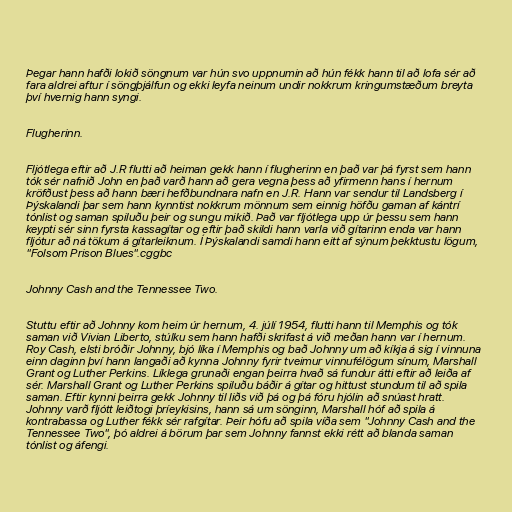
Þegar hann hafði lokið söngnum var hún svo uppnumin að hún fékk hann til að lofa sér að
fara aldrei aftur í söngþjálfun og ekki leyfa neinum undir nokkrum kringumstæðum breyta
því hvernig hann syngi.

Flugherinn.

Fljótlega eftir að J.R flutti að heiman gekk hann í flugherinn en það var þá fyrst sem hann
tók sér nafnið John en það varð hann að gera vegna þess að yfirmenn hans í hernum
kröfðust þess að hann bæri hefðbundnara nafn en J.R. Hann var sendur til Landsberg í
Þýskalandi þar sem hann kynntist nokkrum mönnum sem einnig höfðu gaman af kántrí
tónlist og saman spiluðu þeir og sungu mikið. Það var fljótlega upp úr þessu sem hann
keypti sér sinn fyrsta kassagítar og eftir það skildi hann varla við gítarinn enda var hann
fljótur að ná tökum á gítarleiknum. Í Þýskalandi samdi hann eitt af sýnum þekktustu lögum,
"Folsom Prison Blues".cggbc

Johnny Cash and the Tennessee Two.

Stuttu eftir að Johnny kom heim úr hernum, 4. júlí 1954, flutti hann til Memphis og tók
saman við Vivian Liberto, stúlku sem hann hafði skrifast á við meðan hann var í hernum.
Roy Cash, elsti bróðir Johnny, bjó líka í Memphis og bað Johnny um að kíkja á sig í vinnuna
einn daginn því hann langaði að kynna Johnny fyrir tveimur vinnufélögum sínum, Marshall
Grant og Luther Perkins. Líklega grunaði engan þeirra hvað sá fundur átti eftir að leiða af
sér. Marshall Grant og Luther Perkins spiluðu báðir á gítar og hittust stundum til að spila
saman. Eftir kynni þeirra gekk Johnny til liðs við þá og þá fóru hjólin að snúast hratt.
Johnny varð fljótt leiðtogi þríeykisins, hann sá um sönginn, Marshall hóf að spila á
kontrabassa og Luther fékk sér rafgítar. Þeir hófu að spila víða sem "Johnny Cash and the
Tennessee Two", þó aldrei á börum þar sem Johnny fannst ekki rétt að blanda saman
tónlist og áfengi.